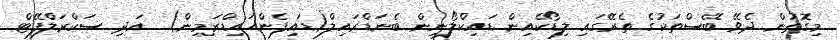
މިގޮތުން ދެވޭ ބޭސްތަކުގެ ތެރޭގައި ލިޑޯކެއިން ޑައިކްލޯނިން ބެނަޑްރައިލް(ޑައިފެންހައިޑްރަމިން)  އަދި ސަކްރަލްފޭޓް